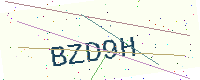
Text: BZD9H